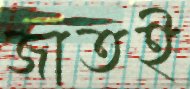
জাতই